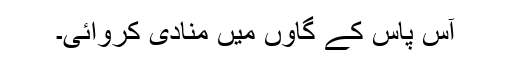
آس پاس کے گاؤں میں منادی کروائی۔